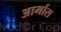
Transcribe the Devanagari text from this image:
आर्मास